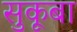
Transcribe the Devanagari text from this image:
सुकूबा